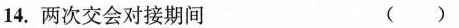
14.两次交会对接期间 ()